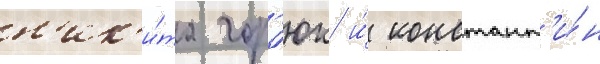
н'ик'и́та гор'юк и́ констант'и́н